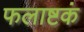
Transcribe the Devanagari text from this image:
फलाष्टकं